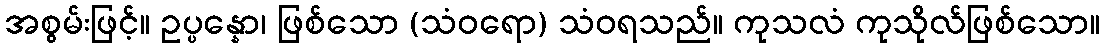
အစွမ်းဖြင့်။ ဥပ္ပန္နော၊ ဖြစ်သော (သံဝရော) သံဝရသည်။ ကုသလံ ကုသိုလ်ဖြစ်သော။